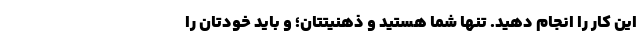
این کار را انجام دهید. تنها شما هستید و ذهنیتتان؛ و باید خودتان را